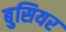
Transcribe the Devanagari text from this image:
बुसियर